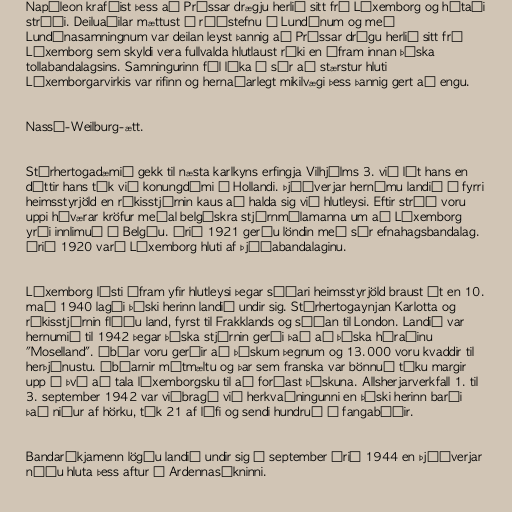
Napóleon krafðist þess að Prússar drægju herlið sitt frá Lúxemborg og hótaði
stríði. Deiluaðilar mættust á ráðstefnu í Lundúnum og með
Lundúnasamningnum var deilan leyst þannig að Prússar drógu herlið sitt frá
Lúxemborg sem skyldi vera fullvalda hlutlaust ríki en áfram innan þýska
tollabandalagsins. Samningurinn fól líka í sér að stærstur hluti
Lúxemborgarvirkis var rifinn og hernaðarlegt mikilvægi þess þannig gert að engu.

Nassá-Weilburg-ætt.

Stórhertogadæmið gekk til næsta karlkyns erfingja Vilhjálms 3. við lát hans en
dóttir hans tók við konungdómi í Hollandi. Þjóðverjar hernámu landið í fyrri
heimsstyrjöld en ríkisstjórnin kaus að halda sig við hlutleysi. Eftir stríð voru
uppi háværar kröfur meðal belgískra stjórnmálamanna um að Lúxemborg
yrði innlimuð í Belgíu. Árið 1921 gerðu löndin með sér efnahagsbandalag.
Árið 1920 varð Lúxemborg hluti af Þjóðabandalaginu.

Lúxemborg lýsti áfram yfir hlutleysi þegar síðari heimsstyrjöld braust út en 10.
maí 1940 lagði þýski herinn landið undir sig. Stórhertogaynjan Karlotta og
ríkisstjórnin flúðu land, fyrst til Frakklands og síðan til London. Landið var
hernumið til 1942 þegar þýska stjórnin gerði það að þýska héraðinu
"Moselland". Íbúar voru gerðir að þýskum þegnum og 13.000 voru kvaddir til
herþjónustu. Íbúarnir mótmæltu og þar sem franska var bönnuð tóku margir
upp á því að tala lúxemborgsku til að forðast þýskuna. Allsherjarverkfall 1. til
3. september 1942 var viðbragð við herkvaðningunni en þýski herinn barði
það niður af hörku, tók 21 af lífi og sendi hundruð í fangabúðir.

Bandaríkjamenn lögðu landið undir sig í september árið 1944 en Þjóðverjar
náðu hluta þess aftur í Ardennasókninni.